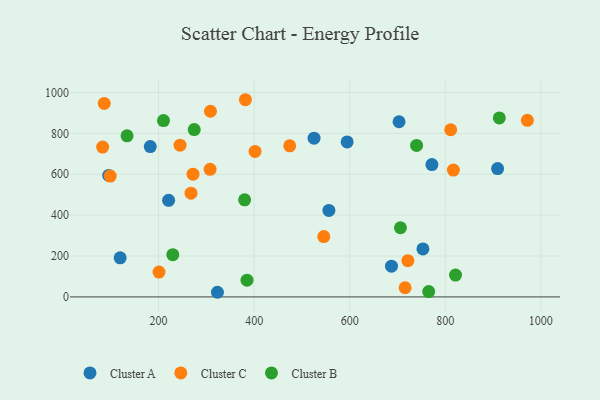
{"axis": {"x": "Experience", "y": "Rating"}, "legend": ["Cluster A", "Cluster B", "Cluster C"], "data": [{"x": "594.6", "y": 758.2, "type": "Cluster A"}, {"x": "95.5", "y": 594.4, "type": "Cluster A"}, {"x": "909.5", "y": 627.8, "type": "Cluster A"}, {"x": "753.2", "y": 234.6, "type": "Cluster A"}, {"x": "772.0", "y": 647.3, "type": "Cluster A"}, {"x": "220.9", "y": 472.4, "type": "Cluster A"}, {"x": "687.4", "y": 150.5, "type": "Cluster A"}, {"x": "182.5", "y": 735.5, "type": "Cluster A"}, {"x": "703.2", "y": 856.8, "type": "Cluster A"}, {"x": "119.5", "y": 191.4, "type": "Cluster A"}, {"x": "525.3", "y": 776.3, "type": "Cluster A"}, {"x": "323.1", "y": 22.7, "type": "Cluster A"}, {"x": "556.4", "y": 423.1, "type": "Cluster A"}, {"x": "545.7", "y": 295.0, "type": "Cluster C"}, {"x": "244.9", "y": 742.3, "type": "Cluster C"}, {"x": "401.8", "y": 711.5, "type": "Cluster C"}, {"x": "307.7", "y": 624.2, "type": "Cluster C"}, {"x": "474.4", "y": 739.3, "type": "Cluster C"}, {"x": "272.0", "y": 600.5, "type": "Cluster C"}, {"x": "308.5", "y": 908.3, "type": "Cluster C"}, {"x": "381.6", "y": 964.6, "type": "Cluster C"}, {"x": "267.8", "y": 507.7, "type": "Cluster C"}, {"x": "86.2", "y": 946.4, "type": "Cluster C"}, {"x": "971.8", "y": 864.0, "type": "Cluster C"}, {"x": "82.8", "y": 733.1, "type": "Cluster C"}, {"x": "200.8", "y": 121.5, "type": "Cluster C"}, {"x": "811.3", "y": 817.8, "type": "Cluster C"}, {"x": "715.9", "y": 44.8, "type": "Cluster C"}, {"x": "721.7", "y": 177.4, "type": "Cluster C"}, {"x": "816.9", "y": 620.4, "type": "Cluster C"}, {"x": "98.7", "y": 591.1, "type": "Cluster C"}, {"x": "913.1", "y": 875.8, "type": "Cluster B"}, {"x": "229.7", "y": 206.6, "type": "Cluster B"}, {"x": "739.9", "y": 741.2, "type": "Cluster B"}, {"x": "385.0", "y": 82.1, "type": "Cluster B"}, {"x": "133.9", "y": 788.1, "type": "Cluster B"}, {"x": "380.0", "y": 474.7, "type": "Cluster B"}, {"x": "765.3", "y": 26.3, "type": "Cluster B"}, {"x": "210.2", "y": 862.4, "type": "Cluster B"}, {"x": "274.5", "y": 818.5, "type": "Cluster B"}, {"x": "706.1", "y": 338.4, "type": "Cluster B"}, {"x": "821.4", "y": 106.7, "type": "Cluster B"}]}